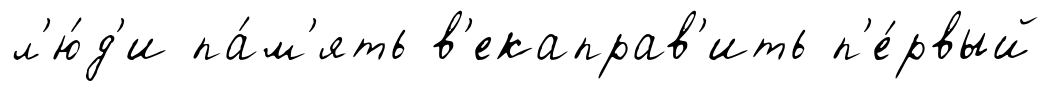
л'ю́д'и па́м'ять в'екаправ'ить п'е́рвый